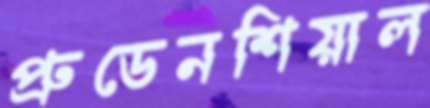
প্রুডেনশিয়াল